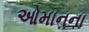
ઓમાનના